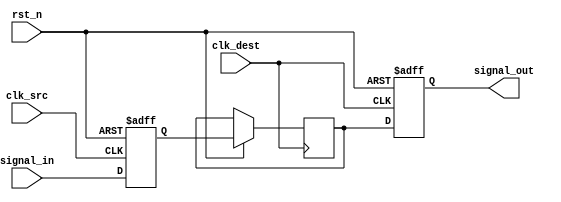
module SignalLevelCrossingSynchronizer #(
    parameter WIDTH = 1  // Width of the input signal
)(
    input  wire              clk_src,      // Source clock
    input  wire              clk_dest,     // Destination clock
    input  wire [WIDTH-1:0] signal_in,    // Input signal to be synchronized
    input  wire              rst_n,        // Asynchronous reset (active low)
    output reg  [WIDTH-1:0] signal_out     // Synchronized output signal
);

// Internal signals for the dual flip-flop synchronizer
reg [WIDTH-1:0] sync_ff1;
reg [WIDTH-1:0] sync_ff2;

// Asynchronous reset logic
always @(posedge clk_src or negedge rst_n) begin
    if (!rst_n) begin
        sync_ff1 <= {WIDTH{1'b0}}; // Initialize to known state
    end else begin
        sync_ff1 <= signal_in; // Sample input signal on source clock
    end
end

// Second flip-flop sampling on destination clock
always @(posedge clk_dest or negedge rst_n) begin
    if (!rst_n) begin
        signal_out <= {WIDTH{1'b0}}; // Initialize to known state
    end else begin
        sync_ff2 <= sync_ff1; // Sample output of first flip-flop
        signal_out <= sync_ff2; // Output synchronized signal
    end
end

endmodule